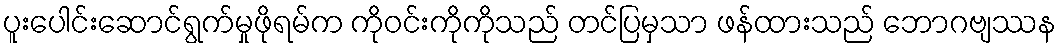
ပူးပေါင်းဆောင်ရွက်မှုဖိုရမ်က ကိုဝင်းကိုကိုသည် တင်ပြမှသာ ဖန်ထားသည် ဘောဂဗျဿန